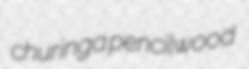
churinga pencilwood